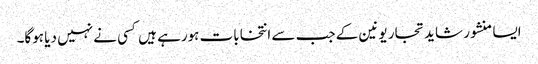
ایسا منشور شاید تجار یونین کے جب سے انتخابات ہورہے ہیں کسی نے نہیں دیا ہوگا۔